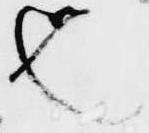
也